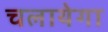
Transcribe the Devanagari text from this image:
चलायेगा